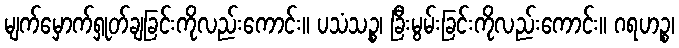
မျက်မှောက်ရှုတ်ချခြင်းကိုလည်းကောင်း။ ပသံသဉ္စ၊ ခြီးမွမ်းခြင်းကိုလည်းကောင်း။ ဂရဟဉ္စ၊